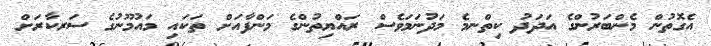
އެގޮތުން މެންބަރުންގެ އަދަދު ކިތްނމެ މަދުނަމަވެސް ރައްޔިތުންގެ މަންފާއަށް ތަކައި މައުމޫނުގެ ސަރކާރަށް